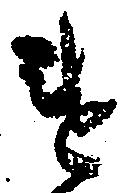
違